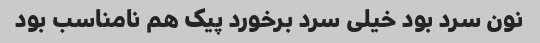
نون سرد بود خیلی سرد برخورد پیک هم نامناسب بود